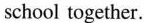
school together.